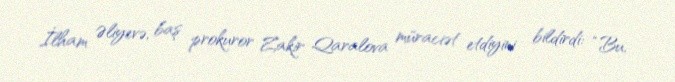
İlham Əliyevə, baş prokuror Zakir Qaralova müraciət etdiyini bildirdi: “Bu,